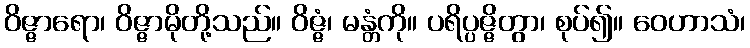
ဝိဇ္ဇာရော၊ ဝိဇ္ဇာမိုတို့သည်။ ဝိဇ္ဇံ၊ မန္တံကို။ ပရိပ္ပဇ္ဇိတွာ၊ စုပ်၍။ ဝေဟာသံ၊